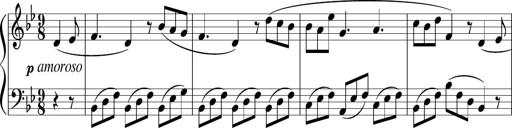
Title: 3 Sonatinen
Composer: Heinrich Lichner